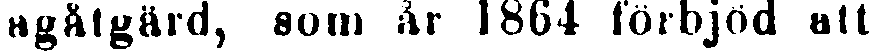
agåtgård, som år 1864 förbjöd att